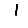
Digit: 1